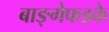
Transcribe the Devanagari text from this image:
बाङ्गेफड्के